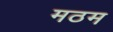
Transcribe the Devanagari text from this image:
मठम